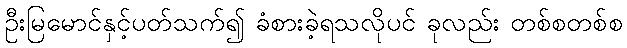
ဦးမြမောင်နှင့်ပတ်သက်၍ ခံစားခဲ့ရသလိုပင် ခုလည်း တစ်စတစ်စ